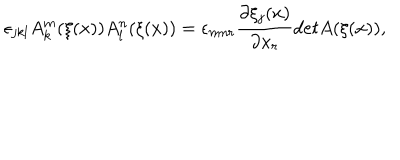
\epsilon _ { j k l } A _ { k } ^ { m } ( \xi ( x ) ) A _ { l } ^ { n } ( \xi ( x ) ) = \epsilon _ { m n r } \frac { \partial \xi _ { j } ( x ) } { \partial x _ { r } } d e t A ( \xi ( x ) ) ,